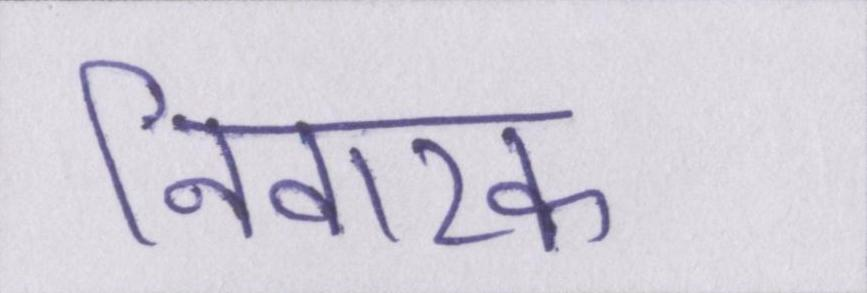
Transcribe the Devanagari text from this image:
निवारक